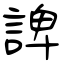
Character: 諀